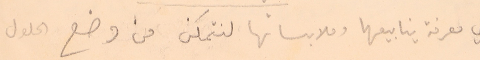
اي معرفة ينابيعها وملابساتها لنتمكن من وضع الحلول